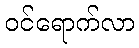
ဝင်ရောက်လာ